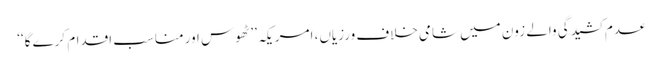
عدم کشیدگی والے زون میں شامی خلاف ورزیاں، امریکہ ’’ٹھوس اور مناسب اقدام کرے گا‘‘